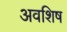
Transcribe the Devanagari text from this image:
अवशिष